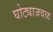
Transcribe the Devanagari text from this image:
घोट्याजवळ